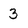
Character: 3